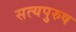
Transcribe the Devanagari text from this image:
सत्यपुरुष